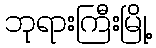
ဘုရားကြီးမြို့